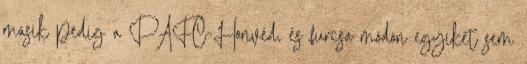
másik pedig a PAFC-Honvéd, és furcsa módon egyiket sem